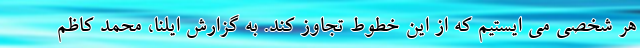
هر شخصی می ایستیم که از این خطوط تجاوز کند. به گزارش ایلنا، محمد کاظم